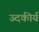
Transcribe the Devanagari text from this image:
उदकीर्य